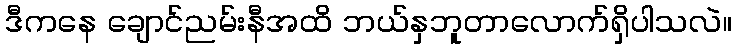
ဒီကနေ ချောင်ညမ်းနီအထိ ဘယ်နှဘူတာလောက်ရှိပါသလဲ။